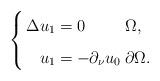
LaTeX: \begin{align*}\left\{\arraycolsep=1.4pt\def\arraystretch{1.6}\begin{array}{rll}\Delta u_1 = & 0 & \Omega, \\u_1 = & -\partial_{\nu}u_0 & \partial \Omega.\end{array}\right.\end{align*}